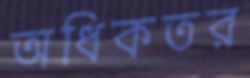
অধিকতর